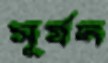
সূর্যদ